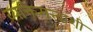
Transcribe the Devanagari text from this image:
व्यक्तिमत्त्वांशी